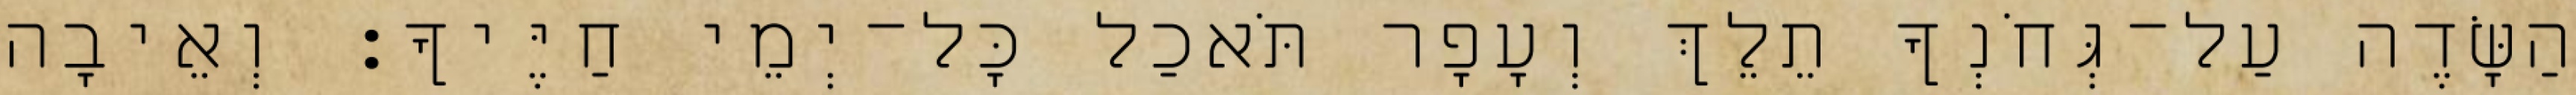
הַשָּׂדֶה עַל־גְּחֹנְךָ תֵלֵךְ וְעָפָר תֹּאכַל כָּל־יְמֵי חַיֶּיךָ׃ וְאֵיבָה